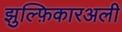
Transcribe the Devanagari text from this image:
झुल्फ़िकारअली